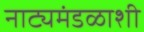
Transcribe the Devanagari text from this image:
नाट्यमंडळाशी